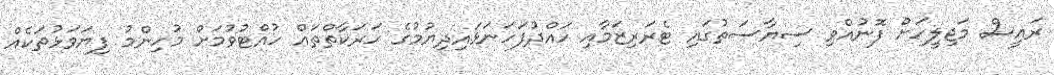
ރައީސް މަޖިލީހަށް ފޮނުއްވި ސިޔާސަތުގައި ޓެރަރިޒަމާއި ހައްދުފަހަނަޅައިދިޔުމުގެ ހަރަކާތްތައް ހުއްޓުވުމަށް މުހިންމު ފިޔަވަޅުތަކެއް